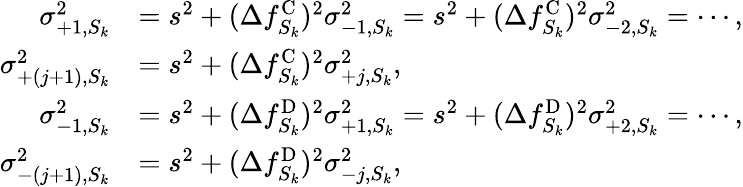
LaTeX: \begin{array}{rl}{\sigma_{+1,S_{k}}^{2}}&{=s^{2}+(\Delta f_{S_{k}}^{\mathrm{C}})^{2}\sigma_{-1,S_{k}}^{2}=s^{2}+(\Delta f_{S_{k}}^{\mathrm{C}})^{2}\sigma_{-2,S_{k}}^{2}=\cdots,}\\ {\sigma_{+(j+1),S_{k}}^{2}}&{=s^{2}+(\Delta f_{S_{k}}^{\mathrm{C}})^{2}\sigma_{+j,S_{k}}^{2},}\\ {\sigma_{-1,S_{k}}^{2}}&{=s^{2}+(\Delta f_{S_{k}}^{\mathrm{D}})^{2}\sigma_{+1,S_{k}}^{2}=s^{2}+(\Delta f_{S_{k}}^{\mathrm{D}})^{2}\sigma_{+2,S_{k}}^{2}=\cdots,}\\ {\sigma_{-(j+1),S_{k}}^{2}}&{=s^{2}+(\Delta f_{S_{k}}^{\mathrm{D}})^{2}\sigma_{-j,S_{k}}^{2},}\end{array}